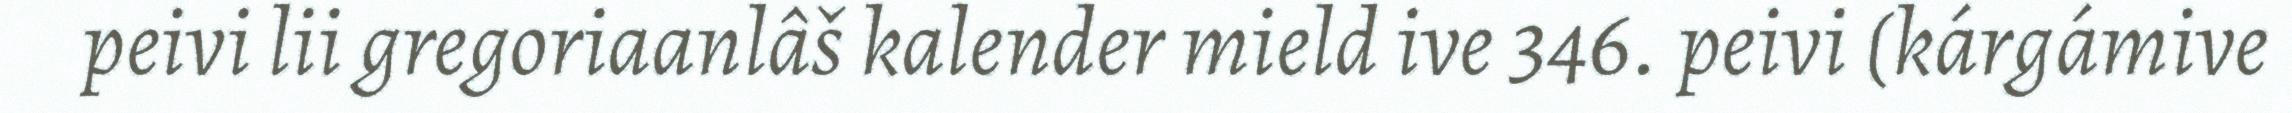
peivi lii gregoriaanlâš kalender mield ive 346. peivi (kárgámive